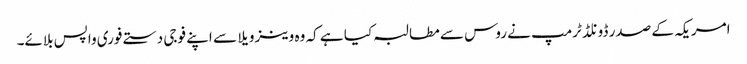
امریکہ کے صدر ڈونلڈ ٹرمپ نے روس سے مطالبہ کیا ہے کہ وہ وینزویلا سے اپنے فوجی دستے فوری واپس بلائے۔